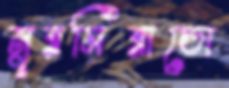
নুরমিরাডো